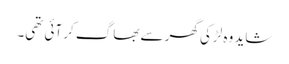
شاید وہ لڑکی گھر سے بھاگ کر آئی تھی۔